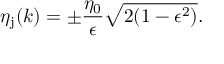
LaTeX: \eta _ { \mathrm { j } } ( k ) = \pm \frac { \eta _ { 0 } } { \epsilon } \sqrt { 2 ( 1 - \epsilon ^ { 2 } ) } .